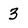
Character: 3